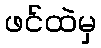
ဖင်ထဲမှ